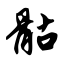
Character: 骷